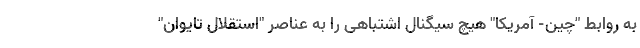
به روابط "چین- آمریکا" هیچ سیگنال اشتباهی را به عناصر "استقلال تایوان"